Sanitation, dispensaries and jails vaccination Rajputana 1922-1927 - 1922-1927
Year: 1922
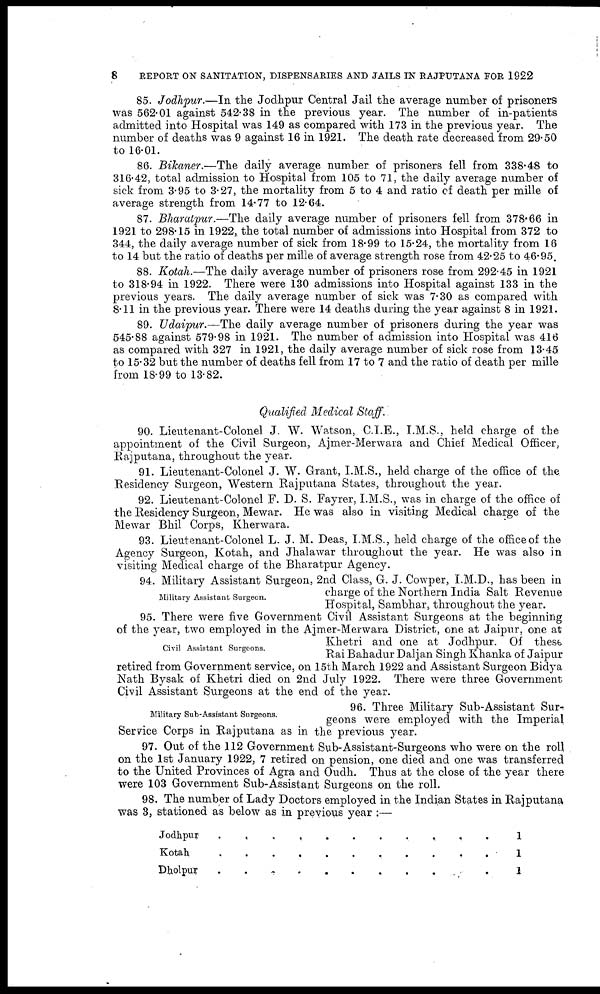
8
REPORT ON SANITATION, DISPENSARIES AND JAILS IN RAJPUTANA FOR 1922
85. Jodhpur.—In the Jodhpur Central Jail the average number of prisoners
was 562.01 against 542.38 in the previous year. The number of in-patients
admitted into Hospital was 149 as compared with 173 in the previous year. The
number of deaths was 9 against 16 in 1921. The death rate decreased from 29.50
to 16.01.
86. Bikaner.—The daily average number of prisoners fell from 338.48 to
316.42, total admission to Hospital from 105 to 71, the daily average number of
sick from 3.95 to 3.27, the mortality from 5 to 4 and ratio of death per mille of
average strength from 14.77 to 12.64.
87. Bharatpur.—The daily average number of prisoners fell from 378.66 in
1921 to 298.15 in 1922, the total number of admissions into Hospital from 372 to
344, the daily average number of sick from 18.99 to 15.24, the mortality from 16
to 14 but the ratio of deaths per mille of average strength rose from 42.25 to 46.95.
88. Kotah.—The daily average number of prisoners rose from 292.45 in 1921
to 318.94 in 1922. There were 130 admissions into Hospital against 133 in the
previous years. The daily average number of sick was 7.30 as compared with
8.11 in the previous year. There were 14 deaths during the year against 8 in 1921.
89. Udaipur.—The daily average number of prisoners during the year was
545.88 against 579.98 in 1921. The number of admission into Hospital was 416
as compared with 327 in 1921, the daily average number of sick rose from 13.45
to 15.32 but the number of deaths fell from 17 to 7 and the ratio of death per mille
from 18.99 to 13.82.
Qualified Medical Staff.
90. Lieutenant-Colonel J. W. Watson, C.I.E., I.M.S., held charge of the
appointment of the Civil Surgeon, Ajmer-Merwara and Chief Medical Officer,
Rajputana, throughout the year.
91. Lieutenant-Colonel J. W. Grant, I.M.S., held charge of the office of the
Residency Surgeon, Western Rajputana States, throughout the year.
92. Lieutenant-Colonel F. D. S. Fayrer, I.M.S., was in charge of the office of
the Residency Surgeon, Mewar. He was also in visiting Medical charge of the
Mewar Bhil Corps, Kherwara.
93. Lieutenant-Colonel L. J. M. Deas, I.M.S., held charge of the office of the
Agency Surgeon, Kotah, and Jhalawar throughout the year. He was also in
visiting Medical charge of the Bharatpur Agency.
Military Assistant Surgeon.
94. Military Assistant Surgeon, 2nd Class, G. J. Cowper, I.M.D., has been in
charge of the Northern India Salt Revenue
Hospital, Sambhar, throughout the year.
Civil Assistant Surgeons.
95. There were five Government Civil Assistant Surgeons at the beginning
of the year, two employed in the Ajmer-Merwara District, one at Jaipur, one at
Khetri and one at Jodhpur. Of these
Rai Bahadur Daljan Singh Khanka of Jaipur
retired from Government service, on 15th March 1922 and Assistant Surgeon Bidya
Nath Bysak of Khetri died on 2nd July 1922. There were three Government
Civil Assistant Surgeons at the end of the year.
Military Sub-Assistant Surgeons.
96. Three Military Sub-Assistant Sur¬
geons were employed with the Imperial
Service Corps in Rajputana as in the previous year.
97. Out of the 112 Government Sub-Assistant-Surgeons who were on the roll
on the 1st January 1922, 7 retired on pension, one died and one was transferred
to the United Provinces of Agra and Oudh. Thus at the close of the year there
were 103 Government Sub-Assistant Surgeons on the roll.
98. The number of Lady Doctors employed in the Indian States in Rajputana
was 3, stationed as below as in previous year :—
Jodhpur.
. . . . . . . . . . . .
Kotah . . . . . . . . . . . .
Dholpur . . . . . . . . . . .
1
1
1